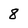
Character: 8